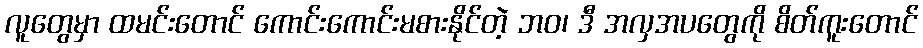
လူတွေမှာ ထမင်းတောင် ကောင်းကောင်းမစားနိုင်တဲ့ ဘဝ၊ ဒီ အလှအပတွေကို စိတ်ကူးတောင်